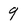
Character: 9